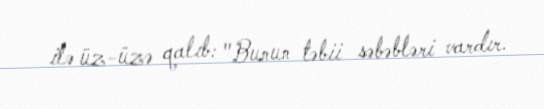
ilə üz-üzə qalıb: "Bunun təbii səbəbləri vardır.